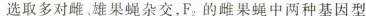
选取多对雌。雄果蝇杂交，F_{2}的雌果蝇中两种基因型